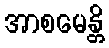
အာစမေန္တိ